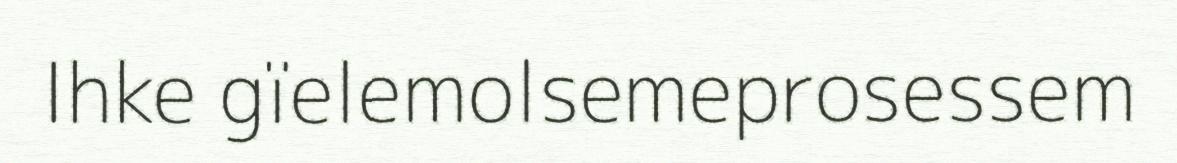
Ihke gïelemolsemeprosessem